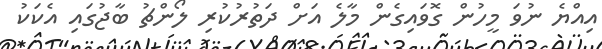
އިއްޔެ ނުވަ މީހުން ގޮވައިގެން މާލެ އަށް ދަތުރުކުރި ލޯންޗު ބާޖުގައި އެކަކު